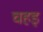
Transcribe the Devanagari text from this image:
चहइ